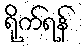
ရိုက်ရန်